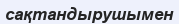
сақтандырушымен